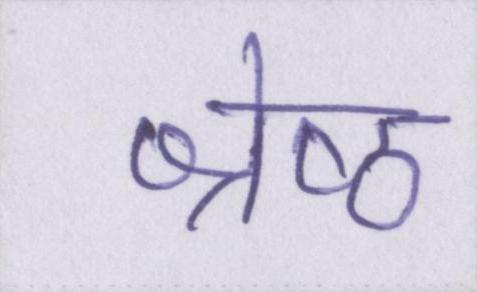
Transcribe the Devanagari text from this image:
श्रेष्ठ